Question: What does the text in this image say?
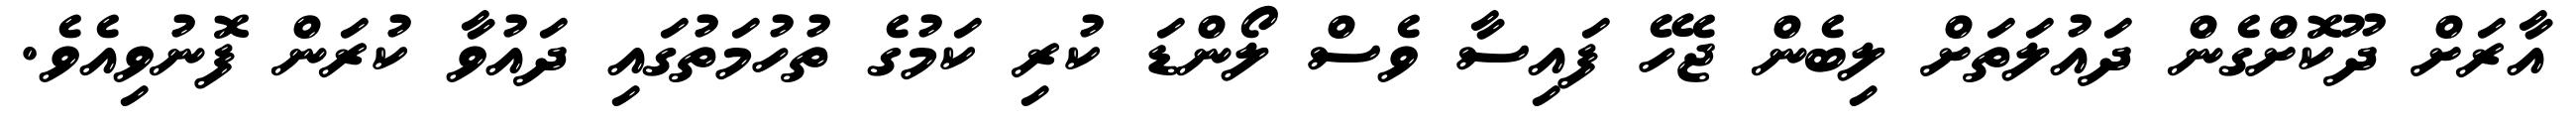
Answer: އާރަށް ދޫކޮށްގެން ދައުލަތަށް ލިބެން ޖެހޭ ފައިސާ ވެސް ލޯންޑަ ކުރި ކަމުގެ ތުހުމަތުގައި ދައުވާ ކުރަން ފޮނުވިއެވެ.